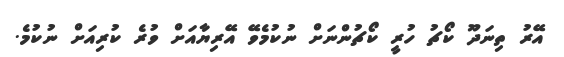
އޭރު ތިނަދޫ ކޯޗު ހުރީ ކޯޗުންނަށް ނުކުމެވޭ އޭރިޔާއަށް ވުރެ ކުރިއަށް ނުކުމެ.